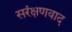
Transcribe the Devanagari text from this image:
सरंक्षणवाद